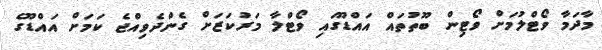
މާދަމާ ވޯޓްލުމަށް ވޯޓިން ބޫތުތައް އައްޑޫގައި ވޯޓްލާ މަރުކަޒަށް ގެންދެވިއްޖެ ކަމަށް އައްޑޫގެ